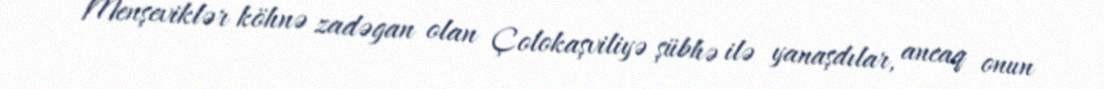
Menşeviklər köhnə zadəgan olan Çolokaşviliyə şübhə ilə yanaşdılar, ancaq onun